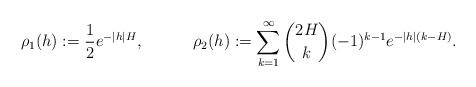
LaTeX: \begin{align*}\rho_1(h):= \frac{1}{2}e^{-|h| H},&&\rho_2(h):=\sum_{k=1}^{\infty}{ 2H\choose k}(-1)^{k-1} e^{-|h|(k-H)}.\end{align*}